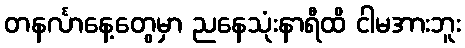
တနင်္လာနေ့တွေမှာ ညနေသုံးနာရီထိ ငါမအားဘူး